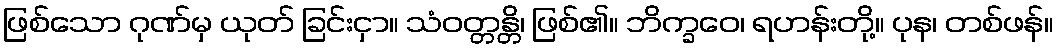
ဖြစ်သော ဂုဏ်မှ ယုတ် ခြင်းငှာ။ သံဝတ္တန္တိ၊ ဖြစ်၏။ ဘိက္ခဝေ၊ ရဟန်းတို့။ ပုန၊ တစ်ဖန်။